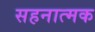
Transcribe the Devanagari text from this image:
सहनात्मक